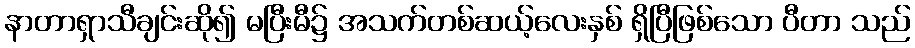
နာတာရှာသီချင်းဆို၍ မပြီးမီ၌ အသက်တစ်ဆယ့်လေးနှစ် ရှိပြီဖြစ်သော ပီတာ သည်